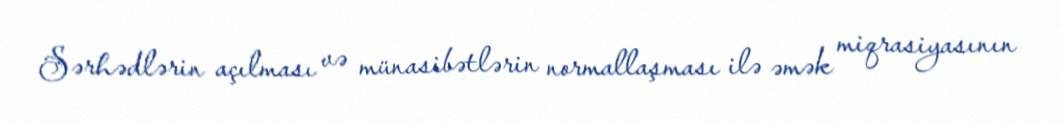
Sərhədlərin açılması və münasibətlərin normallaşması ilə əmək miqrasiyasının